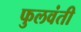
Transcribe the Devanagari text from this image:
फुलवंती